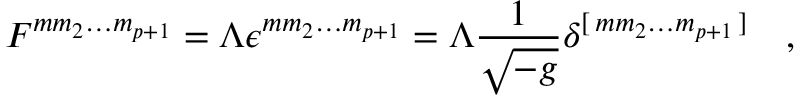
F ^ { m m _ { 2 } \dots m _ { p + 1 } } = \Lambda \epsilon ^ { m m _ { 2 } \dots m _ { p + 1 } } = \Lambda { \frac { 1 } { \sqrt { - g } } } \delta ^ { [ \, m m _ { 2 } \dots m _ { p + 1 } \, ] } \quad ,